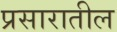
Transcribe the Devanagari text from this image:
प्रसारातील